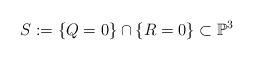
LaTeX: \begin{align*} S := \{Q = 0\} \cap \{R = 0\} \subset \mathbb P^3\end{align*}